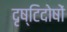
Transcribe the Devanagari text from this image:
दृष्टिदोषों